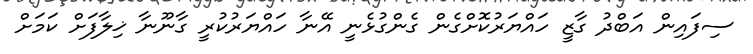
ސިފައިން އަބްދު ގާޒީ ހައްޔަރުކޮށްގެން ގެންގުޅެނީ އޭނާ ހައްޔަރުކުރީ ގާނޫނާ ޚިލާފަށް ކަމަށް